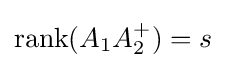
\mathrm {rank} (A_{1}A_{2}^{+})=s